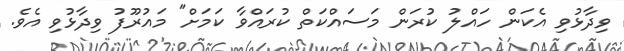
ވިދާޅުވި އެކަން ހައްލު ކުރަން މަސައްކަތް ކުރައްވާ ކަމަށް" މައުރޫފު ވިދާޅުވި އެވެ.